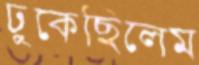
ঢুকেছিলেম